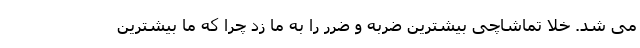
می شد. خلا تماشاچی بیشترین ضربه و ضرر را به ما زد چرا که ما بیشترین